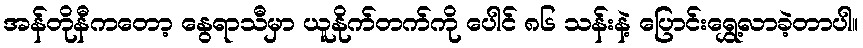
အန်တိုနီကတော့ နွေရာသီမှာ ယူနိုက်တက်ကို ပေါင် ၈၆ သန်းနဲ့ ပြောင်းရွှေ့လာခဲ့တာပါ။